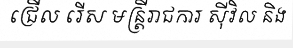
ជ្រើល រើស មន្ត្រីរាជការ ស៊ីវិល និង